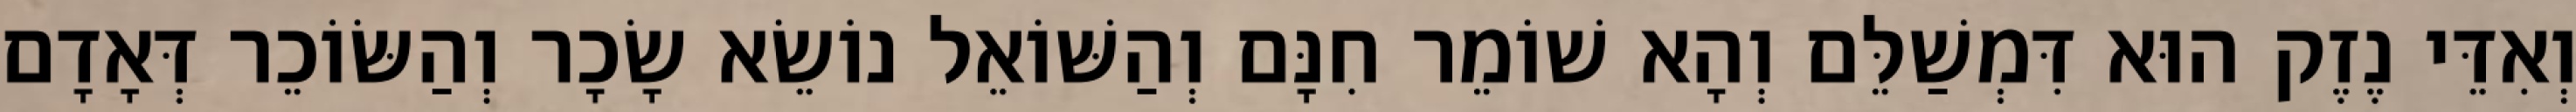
וְאִדֵּי נֶזֶק הוּא דִּמְשַׁלֵּם וְהָא שׁוֹמֵר חִנָּם וְהַשּׁוֹאֵל נוֹשֵׂא שָׂכָר וְהַשּׂוֹכֵר דְּאָדָם